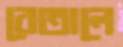
বেতালে